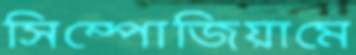
সিম্পোজিয়ামে